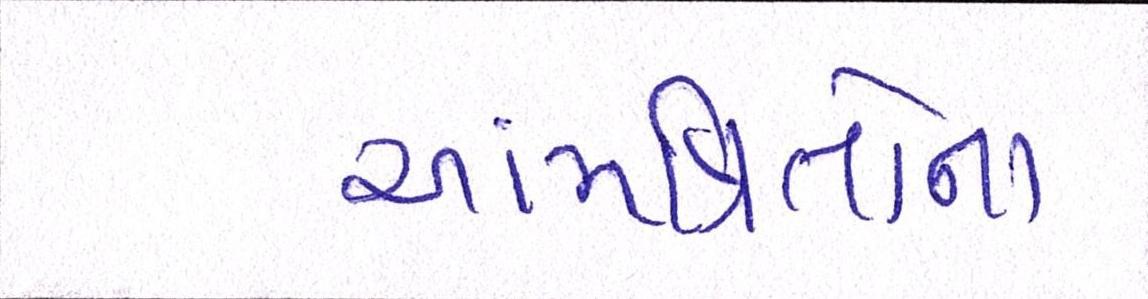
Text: આમંત્રિતોના